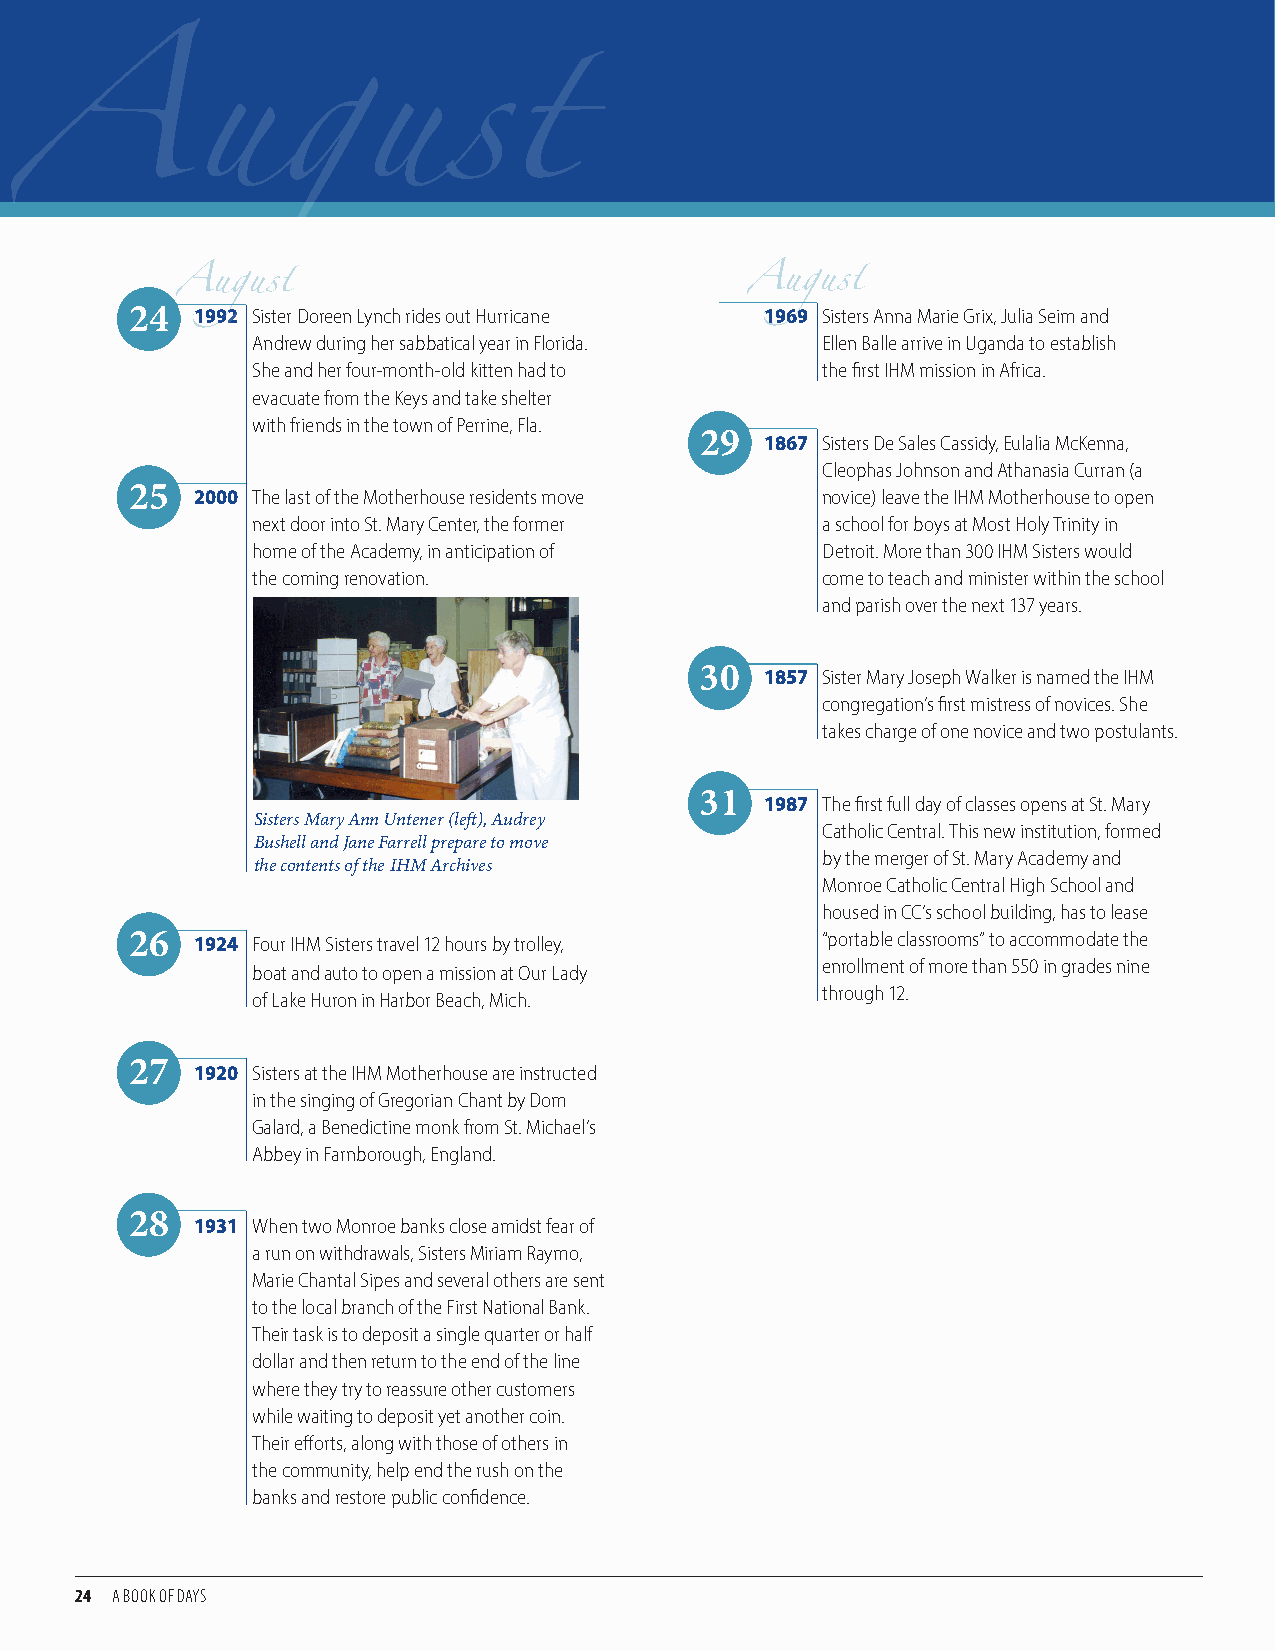
24  1992 Sister Doreen Lynch rides out Hurricane 1969 Sisters Anna Marie Grix, Julia Seim and
 Andrew during her sabbatical year in Florida. Ellen Balle arrive in Uganda to establish
 August                                August
 She and her four-month-old kitten had to the first IHM mission in Africa.
 evacuate from the Keys and take shelter
 with friends in the town of Perrine, Fla.
 29   1867 Sisters De Sales Cassidy, Eulalia McKenna,
 August                                               Cleophas Johnson and Athanasia Curran (a
 25  2000 The last of the Motherhouse residents move novice) leave the IHM Motherhouse to open
 next door into St. Mary Center, the former a school for boys at Most Holy Trinity in
 home of the Academy, in anticipation of Detroit. More than 300 IHM Sisters would
 the coming renovation.               come to teach and minister within the school
 and parish over the next 137 years.
 30   1857 Sister Mary Joseph Walker is named the IHM
 congregation’s first mistress of novices. She
 takes charge of one novice and two postulants.
 31   1987 The first full day of classes opens at St. Mary
 Sisters Mary Ann Untener (left), Audrey
 Catholic Central. This new institution, formed
 Bushell and Jane Farrell prepare to move
 by the merger of St. Mary Academy and
 the contents of the IHM Archives
 Monroe Catholic Central High School and
 housed in CC’s school building, has to lease
 26  1924 Four IHM Sisters travel 12 hours by trolley, “portable classrooms” to accommodate the
 enrollment of more than 550 in grades nine
 boat and auto to open a mission at Our Lady
 through 12.
 of Lake Huron in Harbor Beach, Mich.
 27  1920 Sisters at the IHM Motherhouse are instructed
 in the singing of Gregorian Chant by Dom
 Galard, a Benedictine monk from St. Michael’s
 Abbey in Farnborough, England.
 28
 1931 When two Monroe banks close amidst fear of
 a run on withdrawals, Sisters Miriam Raymo,
 Marie Chantal Sipes and several others are sent
 to the local branch of the First National Bank.
 Their task is to deposit a single quarter or half
 dollar and then return to the end of the line
 where they try to reassure other customers
 while waiting to deposit yet another coin.
 Their efforts, along with those of others in
 the community, help end the rush on the
 banks and restore public confidence.
 24 A BOOK OF DAYS